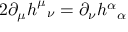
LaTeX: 2 \partial _ { \mu } h _ { \; \; \; \nu } ^ { \mu } = \partial _ { \nu } h _ { \; \; \; \alpha } ^ { \alpha }